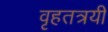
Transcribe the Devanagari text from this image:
वृहतत्रयी